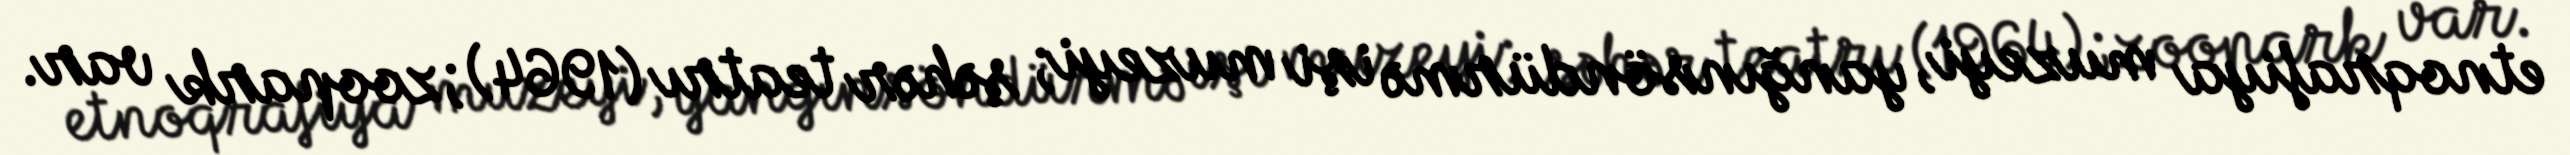
etnoqrafiya muzeyi, yanğınsöndürmə işi muzeyi; şəhər teatrı (1964); zoopark var.